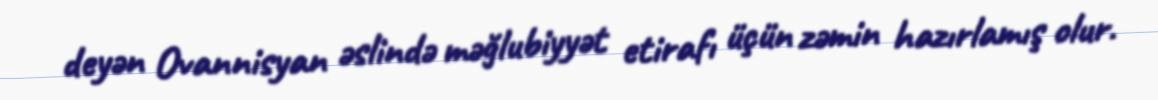
deyən Ovannisyan əslində məğlubiyyət etirafı üçün zəmin hazırlamış olur.